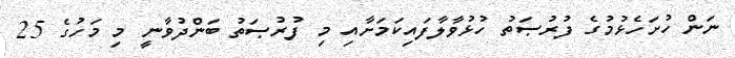
ނަން ހުށަހެޅުމުގެ ފުރުޞަތު ހުޅުވާލާފައިކަމަށާއި މި ފުރުޞަތު ބަންދުވާނީ މި މަހުގެ 25